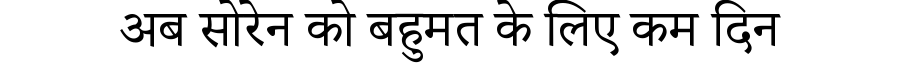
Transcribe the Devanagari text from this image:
अब सोरेन को बहुमत के लिए कम दिन